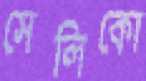
সেলিকো